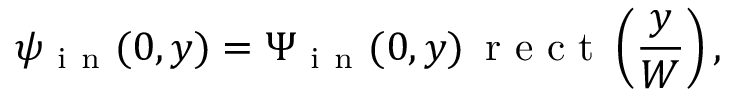
\psi _ { \mathrm { ~ i ~ n ~ } } ( 0 , y ) = \Psi _ { \mathrm { ~ i ~ n ~ } } ( 0 , y ) \, \mathrm { ~ r ~ e ~ c ~ t ~ } \left( \frac { y } { W } \right) ,